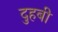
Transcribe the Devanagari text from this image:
दुहबी